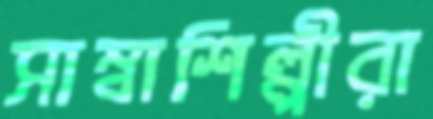
সাম্বাশিল্পীরা